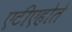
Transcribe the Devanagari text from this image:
एटीएहोते